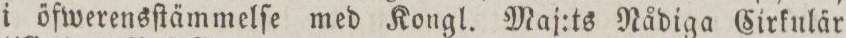
i öfwerensſtämmelſe med Kongl. Maj:ts Nådiga Cirkulär